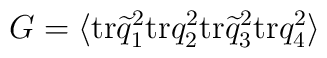
G = \langle {\rm tr}\widetilde q^2_1{\rm tr}q^2_2{\rm tr}\widetilde q^2_3{\rm tr}q^2_4\rangle